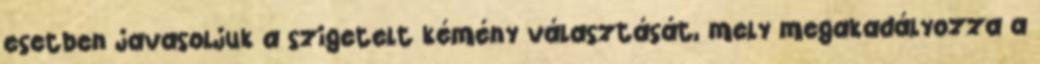
esetben javasoljuk a szigetelt kémény választását, mely megakadályozza a